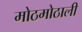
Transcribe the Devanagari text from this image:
मोठमोठाली